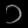
Digit: ၁